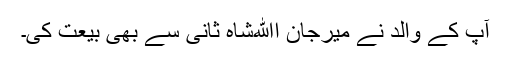
آپ کے والد نے میرجان اﷲشاہ ثانیؒ سے بھی بیعت کی۔